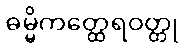
ဓမ္မိကတ္ထေရဝတ္ထု